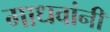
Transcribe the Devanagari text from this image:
माधवांनी